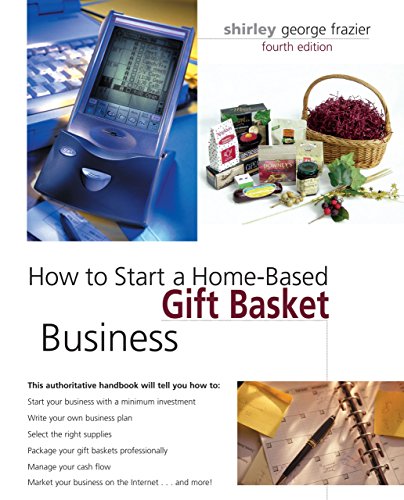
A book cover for How to Start a Home-Based Gift Basket Business, 4th (Home-Based Business Series); Shirley George Frazier; Crafts, Hobbies & Home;